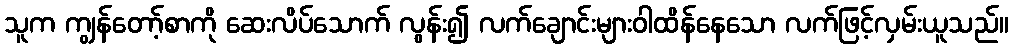
သူက ကျွန်တော့်စာကို ဆေးလိပ်သောက် လွန်း၍ လက်ချောင်းများဝါထိန်နေသော လက်ဖြင့်လှမ်းယူသည်။